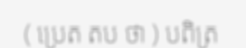
( ប្រេត តប ថា ) បពិត្រ